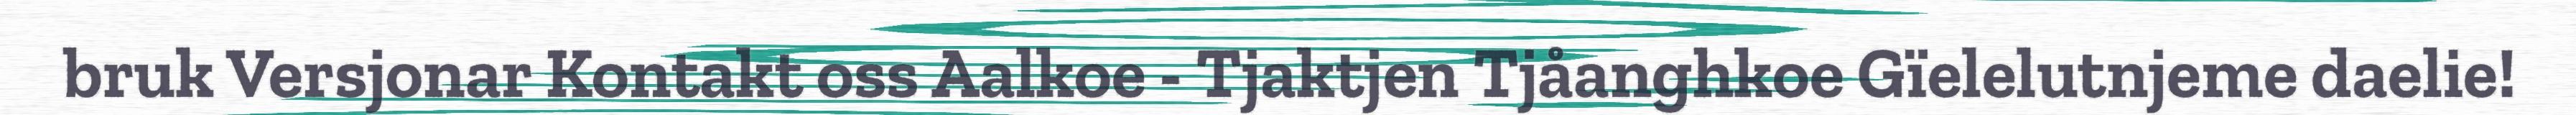
bruk Versjonar Kontakt oss Aalkoe - Tjaktjen Tjåanghkoe Gïelelutnjeme daelie!